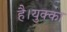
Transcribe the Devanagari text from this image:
है।युक्का